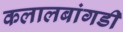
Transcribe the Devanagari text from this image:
कलालबांगडी